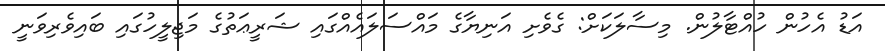
އަޑު އެހުން ހުއްޓާލުން. މިސާލަކަށް: ގެވެށި އަނިޔާގެ މައްސަލައެއްގައި ޝަރީޢަތުގެ މަޖިލީހުގައި ބައިވެރިވަނީ